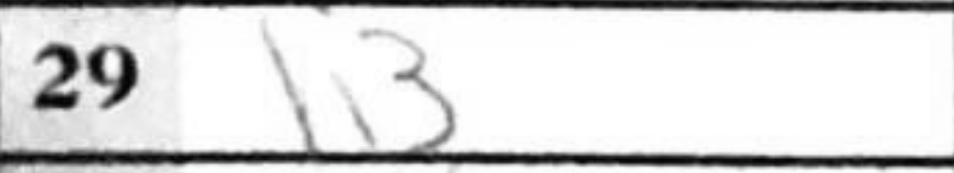
Transcription: h3